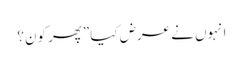
انہوں نے عرض کیا ”پھر کون؟